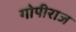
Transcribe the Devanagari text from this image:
गोपीराज